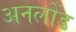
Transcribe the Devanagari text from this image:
अनलोंड